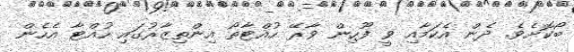
ބޯކޮށެވެ. ދެން އެކަމާއި ވީ ފޫހިން ވާރޭ ހުއްޓާތޯ އިންތިޒާރުގައި ހުއްޓާ އެހެން